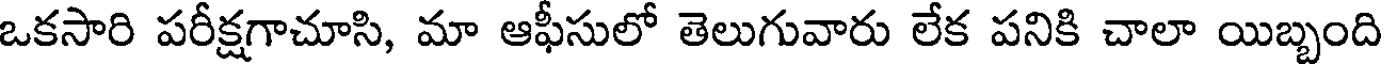
ఒకసారి పరీక్షగాచూసి, మా ఆఫీసులో తెలుగువారు లేక పనికి చాలా యిబ్బంది